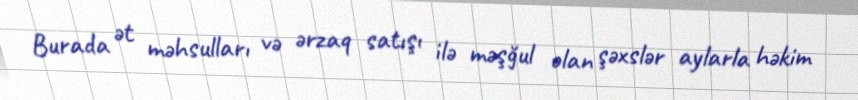
Burada ət məhsulları və ərzaq satışı ilə məşğul olan şəxslər aylarla həkim